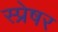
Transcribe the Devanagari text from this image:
स्प्रेषर